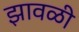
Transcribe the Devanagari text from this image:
झावळी